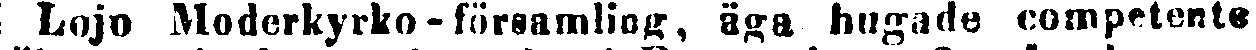
Lojo Moderkyrko-församling, äga hugade competente